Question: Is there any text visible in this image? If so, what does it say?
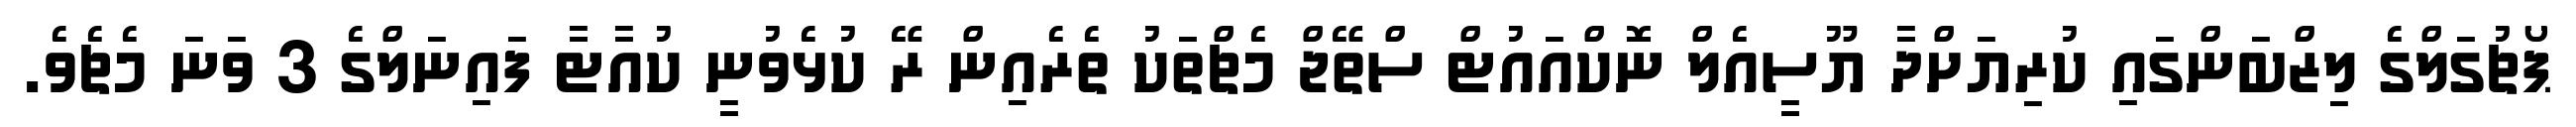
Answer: ޕޯޗުގަލްގެ ލިޒްބަންގައި ކުރިޔަށްދާ ޔޫސީއެލް ނޮކްއައުޓް ސްތޭޖް މެޗްތަކު ތެރެއިން ރޭ ކުޅެވުނީ ކުއާޓާ ފައިނަލްގެ 3 ވަނަ މެޗެވެ.